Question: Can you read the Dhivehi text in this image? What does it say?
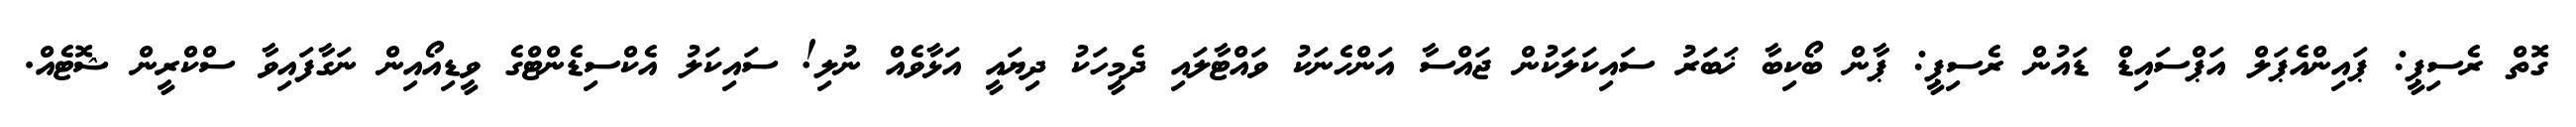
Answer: ގޮތް ރެސިޕީ: ޕައިންއެޕަލް އަޕްސައިޑް ޑައުން ރެސިޕީ: ޕާން ބޯކިބާ ޚަބަރު ސައިކަލަކުން ޖައްސާ އަންހެނަކު ވައްޓާލައި ދެމީހަކު ދިޔައީ އަޅާވެއް ނުލި! ސައިކަލު އެކްސިޑެންޓްގެ ވީޑިއޯއިން ނަގާފައިވާ ސްކްރީން ޝޮޓެއް.